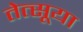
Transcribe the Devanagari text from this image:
तेत्सूया